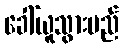
ခေါ်ယူသွားမည်